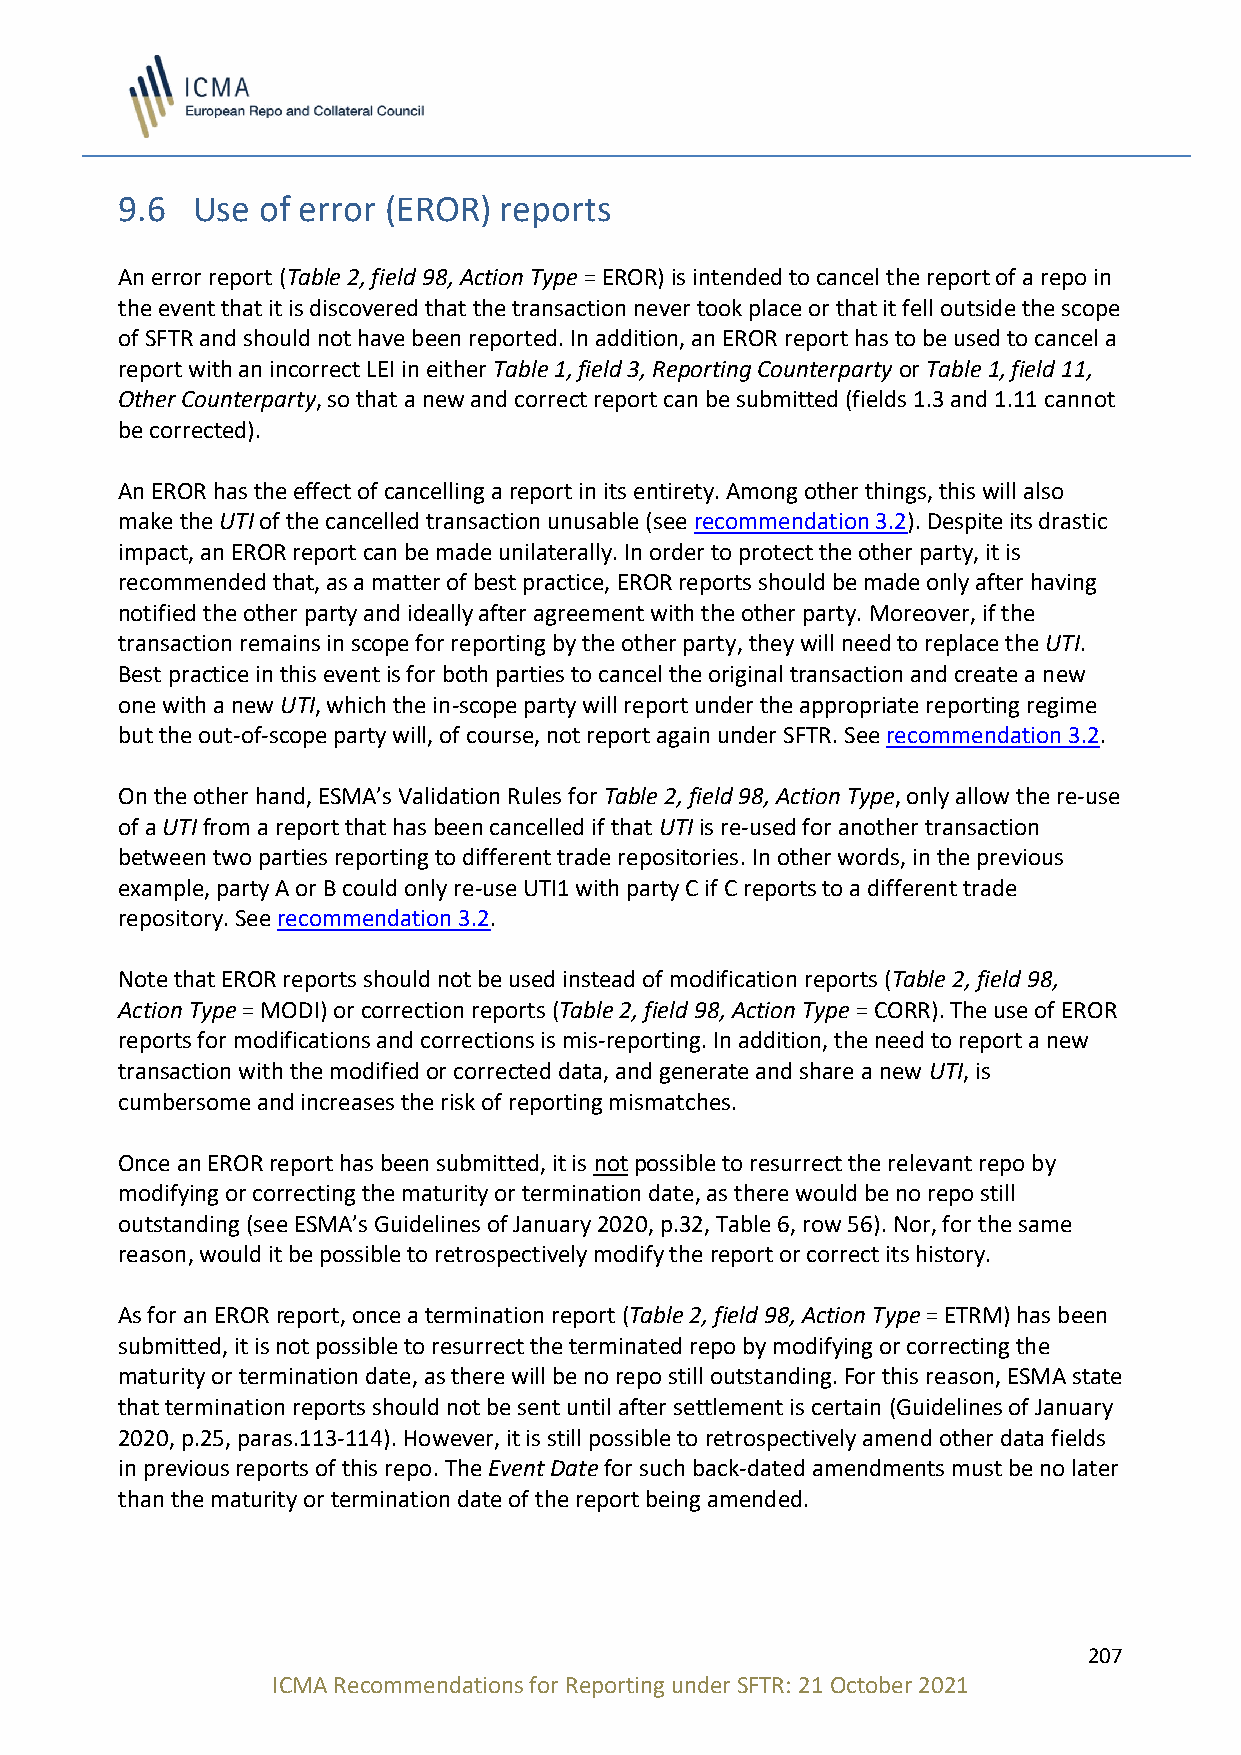
9.6  Use of error (EROR) reports
 An error report (Table 2, field 98, Action Type = EROR) is intended to cancel the report of a repo in
 the event that it is discovered that the transaction never took place or that it fell outside the scope
 of SFTR and should not have been reported. In addition, an EROR report has to be used to cancel a
 report with an incorrect LEI in either Table 1, field 3, Reporting Counterparty or Table 1, field 11,
 Other Counterparty, so that a new and correct report can be submitted (fields 1.3 and 1.11 cannot
 be corrected).
 An EROR has the effect of cancelling a report in its entirety. Among other things, this will also
 make the UTI of the cancelled transaction unusable (see recommendation 3.2). Despite its drastic
 impact, an EROR report can be made unilaterally. In order to protect the other party, it is
 recommended that, as a matter of best practice, EROR reports should be made only after having
 notified the other party and ideally after agreement with the other party. Moreover, if the
 transaction remains in scope for reporting by the other party, they will need to replace the UTI.
 Best practice in this event is for both parties to cancel the original transaction and create a new
 one with a new UTI, which the in-scope party will report under the appropriate reporting regime
 but the out-of-scope party will, of course, not report again under SFTR. See recommendation 3.2.
 On the other hand, ESMA’s Validation Rules for Table 2, field 98, Action Type, only allow the re-use
 of a UTI from a report that has been cancelled if that UTI is re-used for another transaction
 between two parties reporting to different trade repositories. In other words, in the previous
 example, party A or B could only re-use UTI1 with party C if C reports to a different trade
 repository. See recommendation 3.2.
 Note that EROR reports should not be used instead of modification reports (Table 2, field 98,
 Action Type = MODI) or correction reports (Table 2, field 98, Action Type = CORR). The use of EROR
 reports for modifications and corrections is mis-reporting. In addition, the need to report a new
 transaction with the modified or corrected data, and generate and share a new UTI, is
 cumbersome and increases the risk of reporting mismatches.
 Once an EROR report has been submitted, it is not possible to resurrect the relevant repo by
 modifying or correcting the maturity or termination date, as there would be no repo still
 outstanding (see ESMA’s Guidelines of January 2020, p.32, Table 6, row 56). Nor, for the same
 reason, would it be possible to retrospectively modify the report or correct its history.
 As for an EROR report, once a termination report (Table 2, field 98, Action Type = ETRM) has been
 submitted, it is not possible to resurrect the terminated repo by modifying or correcting the
 maturity or termination date, as there will be no repo still outstanding. For this reason, ESMA state
 that termination reports should not be sent until after settlement is certain (Guidelines of January
 2020, p.25, paras.113-114). However, it is still possible to retrospectively amend other data fields
 in previous reports of this repo. The Event Date for such back-dated amendments must be no later
 than the maturity or termination date of the report being amended.
 207
 ICMA Recommendations for Reporting under SFTR: 21 October 2021